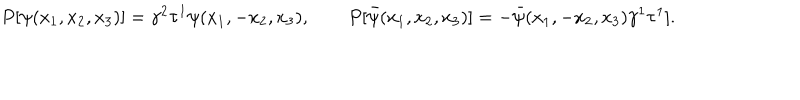
P [ \psi ( x _ { 1 } , x _ { 2 } , x _ { 3 } ) ] = \gamma ^ { 2 } \tau ^ { 1 } \psi ( x _ { 1 } , - x _ { 2 } , x _ { 3 } ) , \qquad P [ \bar { \psi } ( x _ { 1 } , x _ { 2 } , x _ { 3 } ) ] = - \bar { \psi } ( x _ { 1 } , - x _ { 2 } , x _ { 3 } ) \gamma ^ { 1 } \tau ^ { 1 } ] .